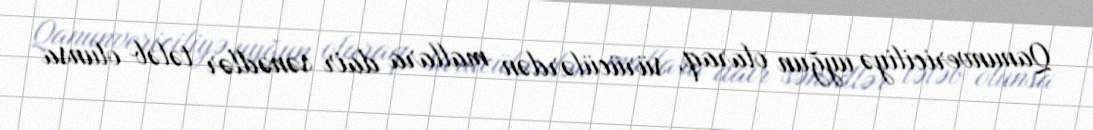
Qanunvericiliyə uyğun olaraq, sürücülərdən mallara dair sənədlər tələb olunsa